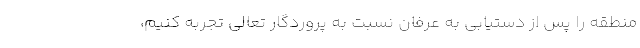
منطقه را پس از دستیابی به عرفان نسبت به پروردگار تعالی تجربه کنیم،